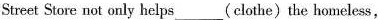
Street Store not only helps___(clothe)the homeless,